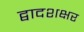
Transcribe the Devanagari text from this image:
द्वादशक्षर